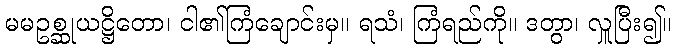
မမဥစ္ဆုယဋ္ဌိတော၊ ငါ၏ကြံချောင်းမှ။ ရသံ၊ ကြံရည်ကို။ ဒတွာ၊ လှူပြီး၍။